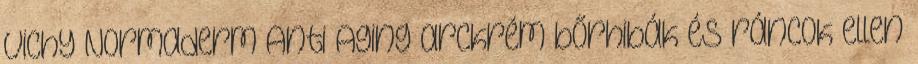
Vichy Normaderm Anti Aging arckrém bőrhibák és ráncok ellen